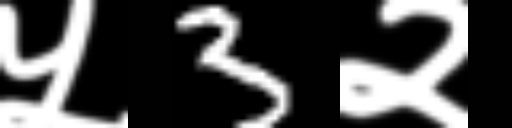
Text: ५3२